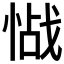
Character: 𱞰